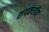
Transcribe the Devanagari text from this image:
संपर्करहित